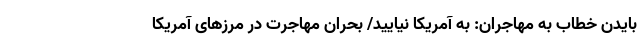
بایدن خطاب به مهاجران: به آمریکا نیایید/ بحران مهاجرت در مرزهای آمریکا